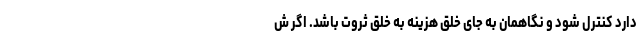
دارد کنترل شود و نگاهمان به جای خلق هزینه به خلق ثروت باشد. اگر ش